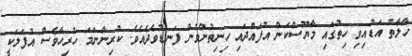
ހާލާތު އަޑުއިވި ހިތުގައި މާޔޫސްކަން އުފައްދައި ހިނިތުންވުން ފަނޑުވެދެއެވެ. ކުރިންނަމަ ހުރިހާވެސް އުފަލަކީ